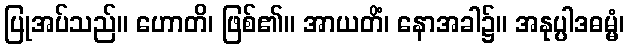
ပြုအပ်သည်။ ဟောတိ၊ ဖြစ်၏။ အာယတိံ၊ နောအခါ၌။ အနုပ္ပါဒဓမ္မံ၊